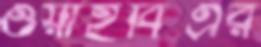
ওয়াইবিএর